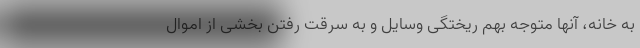
به خانه، آنها متوجه بهم ریختگی وسایل و به سرقت رفتن بخشی از اموال